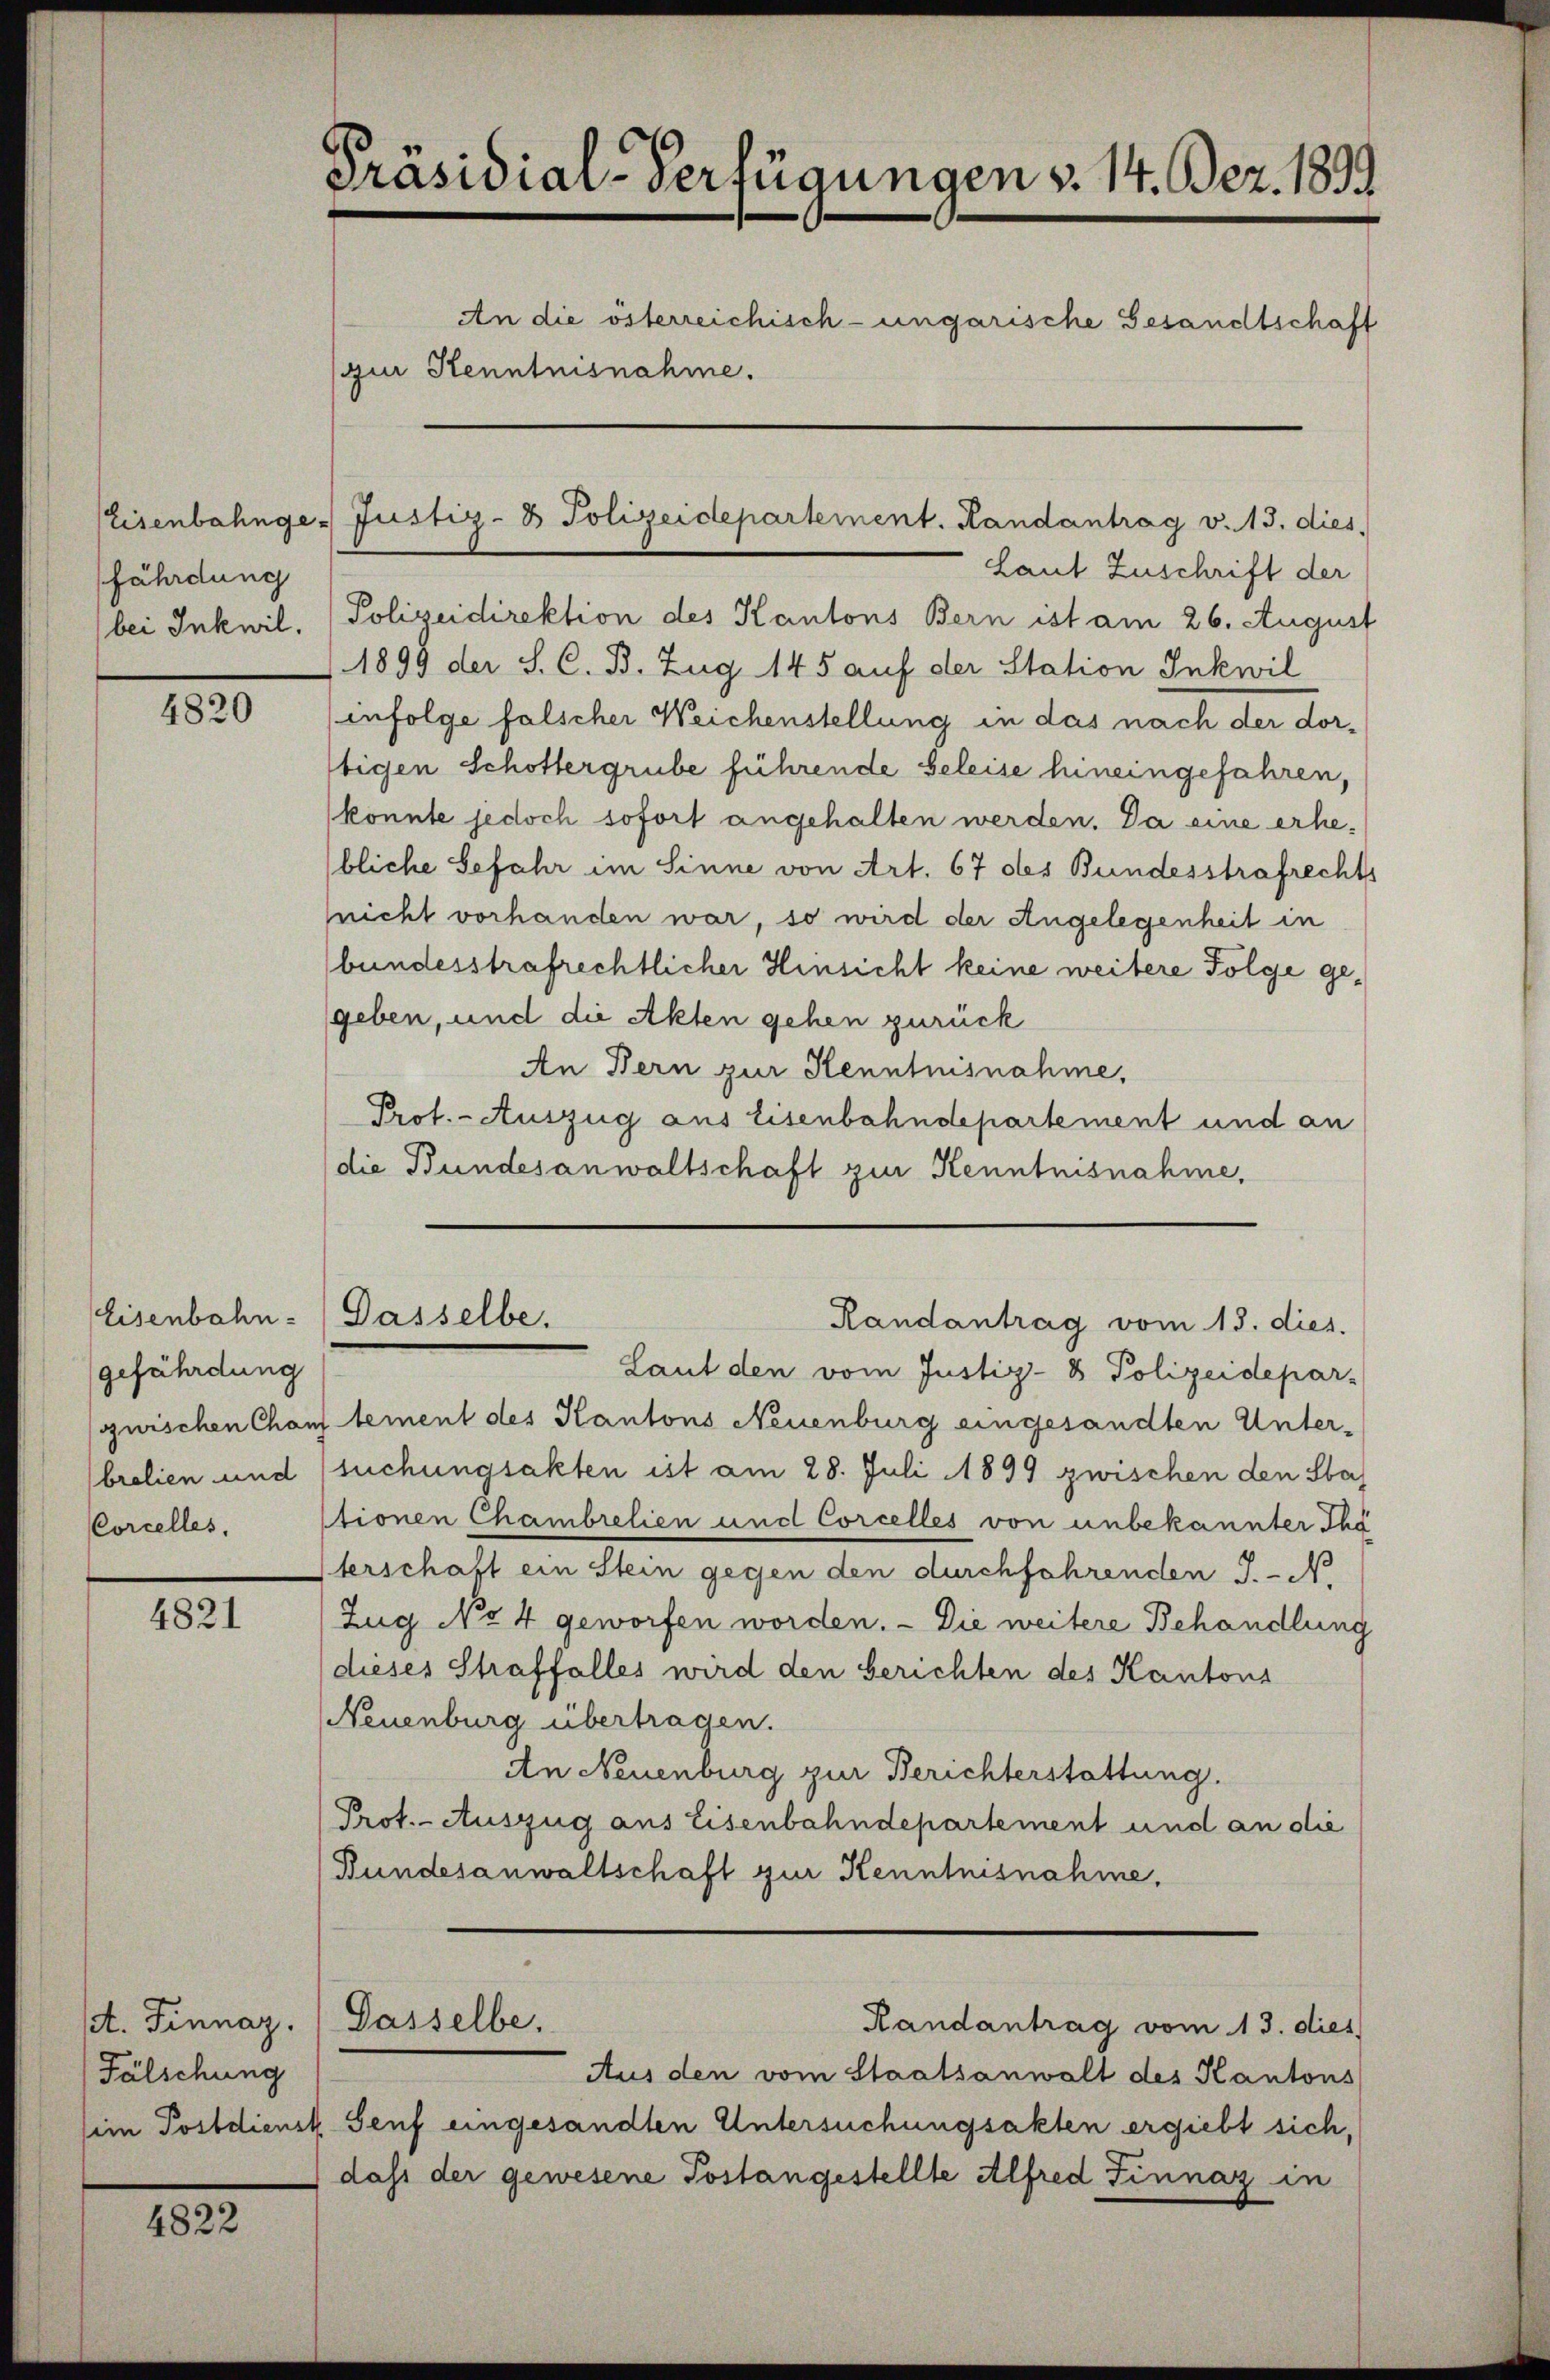
fährdung
bei Inkwil.

4820

gefährdung

4821

st. Finnaz.
Fälschung

4822

Präsidial-Verfügungen v. 14. Dez. 1899
An die österreichisch-ungarische Gesandtschaft
(zur Kenntnisnahme.

Laut Zuschrift der
Polizeidirektion des Kantons Bern ist am 26. August
1899 der S. C. B. Zug 145 auf der Station Inkwil
infolge falscher Weichenstellung in das nach der dor¬
Itigen Schottergrube führende Beleise hineingefahren,
könnte jedoch sofort angehalten werden. Da eine erhebliche Gefahr im Sinne von Art. 67 des Bundesstrafrechts
nicht vorhanden war, so wird der Angelegenheit in
bundesstrafrechtlicher Hinsicht keine weitere Folge gegeben, und die Akten gehen zurück
An Bern zur Kenntnisnahme,
Prot. - Auszug aus Eisenbahndepartement und an
die Bundesanwaltschaft zur Kenntnisnahme,

Eisenbahnge- Justiz- & Polizeidepartement. Randantrag v. 13. dies

Eisenbahn- Dasselbe.
Randantrag vom 13. dies.

Laut den vom Justiz- & Polizeidepar-
guischen Chans tement des Kantons Neuenburg eingesandten Unterbrelien und suchungsakten ist am 28. Juli 1899 zwischen den Sta
CCorcelles. stionen Chambrelien und Corcelles von unbekannter Tha
Iterschaft ein Stein gegen den durchfahrenden J. - No
Zug No 4 geworfen worden. - Die weitere Behandlung
dieses Straffalles wird den berichten des Kantons
Neuenburg übertragen.
An Neuenburg zur Berichterstattung.
Prot.- Auszug aus Eisenbahndepartement und an die
(Bundesanwaltschaft zur Kenntnisnahme.

Gasselbe.

Randantrag vom 13. dies

Aus den vom Staatsanwalt des Kantons
sein Postdienst Senf eingesandten Untersuchungsakten ergiebt sich,
dass der gewesene Postangestellte Alfred Finnaz in